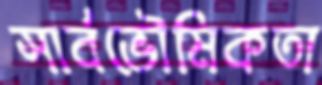
সার্বভৌমিকতা